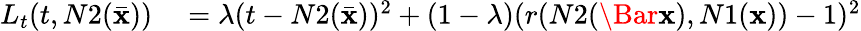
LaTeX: \begin{array}{rl}{L_{t}(t,N2(\bar{\mathbf{x}}))}&{{}=\lambda(t-N2(\bar{\mathbf{x}}))^{2}+(1-\lambda)(r(N2(\Bar{\mathbf{x}}),N1(\textbf{x}))-1)^{2}}\end{array}